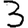
Digit: 3